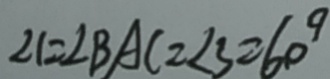
\angle 1 = \angle B A C = \angle 3 = 6 0 ^ { 9 }